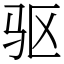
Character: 驱